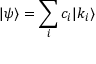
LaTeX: | \psi \rangle = \sum _ { i } c _ { i } | { k _ { i } } \rangle